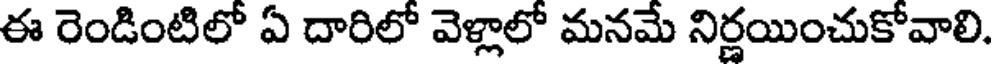
ఈ రెండింటిలో ఏ దారిలో వెళ్లాలో మనమే నిర్ణయించుకోవాలి.